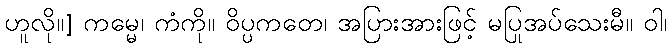
ဟူလို။] ကမ္မေ၊ ကံကို။ ဝိပ္ပကတေ၊ အပြားအားဖြင့် မပြုအပ်သေးမီ။ ဝါ၊